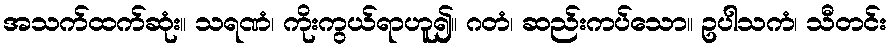
အသက်ထက်ဆုံး။ သရဏံ၊ ကိုးကွယ်ရာဟူ၍။ ဂတံ၊ ဆည်းကပ်သော။ ဥပါသကံ၊ သီတင်း